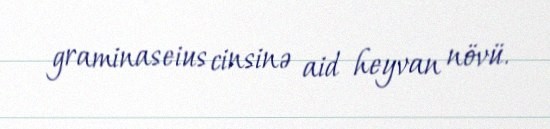
graminaseius cinsinə aid heyvan növü.